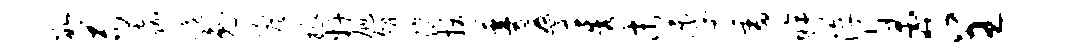
数苟嘉跪兔澹掾奸旭瓴滴拔蔓叠透末季雷眸淳鼻呈